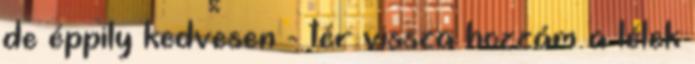
de éppily kedvesen - tér vissza hozzám a lélek